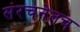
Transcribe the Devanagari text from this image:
संरचनेतच